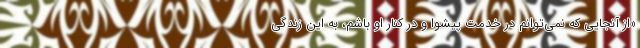
«از آنجایی که نمی‌توانم در خدمت پیشوا و در کنار او باشم، به این زندگی